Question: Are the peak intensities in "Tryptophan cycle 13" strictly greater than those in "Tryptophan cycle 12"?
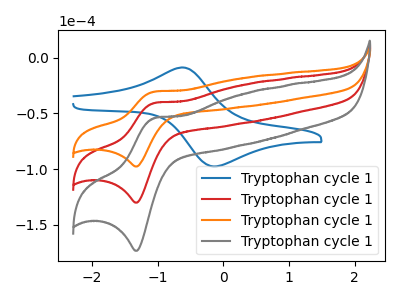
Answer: <think>The blue curve "Tryptophan cycle 11" has an anodic peak at (-0.60V, -8.90uA) and a cathodic peak at (-0.15V, -97.60uA). The red curve "Tryptophan cycle 12" has an anodic peak at (-1.05V, -40.75uA) and a cathodic peak at (-1.30V, -130.05uA). The orange curve "Tryptophan cycle 13" has an anodic peak at (-1.05V, -30.60uA) and a cathodic peak at (-1.30V, -97.60uA). The gray curve "Tryptophan cycle 14" has an anodic peak at (-1.05V, -81.50uA) and a cathodic peak at (-1.30V, -260.05uA).</think>
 <answer>The peaks in "Tryptophan cycle 13" are neither all higher or all lower than the peaks in "Tryptophan cycle 12".</answer>
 <eval>mixed</eval>